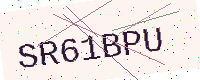
Text: SR61BPU